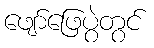
ဖျော်ဖြေပွဲတွင်